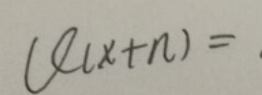
\((\mathcal{U}(x + n))=\)